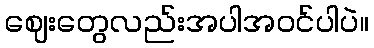
ဈေးတွေလည်းအပါအဝင်ပါပဲ။